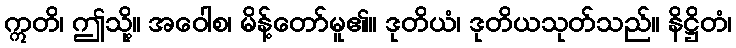
ဣတိ၊ ဤသို့။ အဝေါစ၊ မိန့်တော်မူ၏။ ဒုတိယံ၊ ဒုတိယသုတ်သည်။ နိဋ္ဌိတံ၊